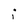
Character: i